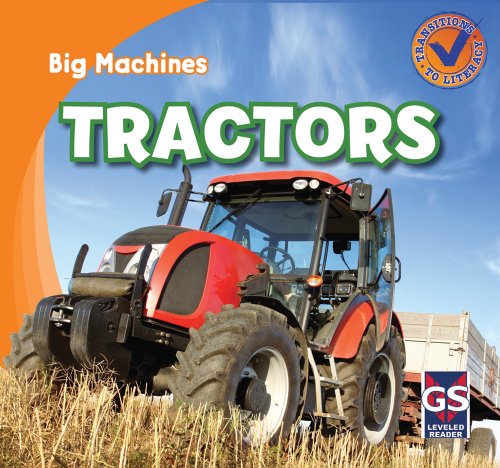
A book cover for Tractors (Big Machines); Katie Kawa; Children's Books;